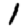
Digit: 1